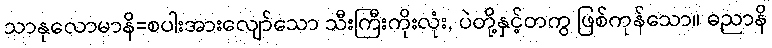
သာနုလောမာနိ=စပါးအားလျော်သော သီးကြီးကိုးလုံး, ပဲတို့နှင့်တကွ ဖြစ်ကုန်သော။ ဓညာနိ